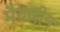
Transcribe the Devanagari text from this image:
मैग़ज़ीन